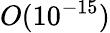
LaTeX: O(10^{-15})